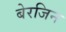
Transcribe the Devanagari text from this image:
बेरजिन